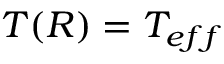
T ( R ) = T _ { e f f }